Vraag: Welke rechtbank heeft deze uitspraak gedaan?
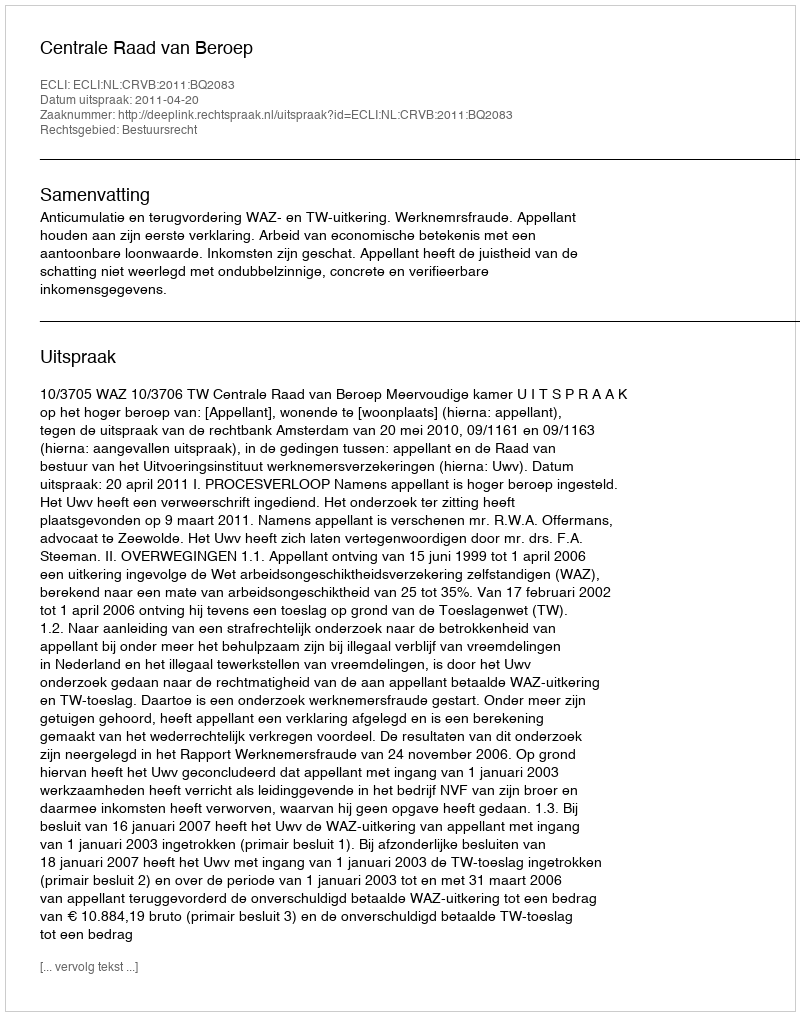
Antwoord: Centrale Raad van Beroep